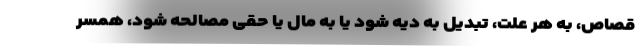
قصاص، به هر علت، تبدیل به دیه شود یا به مال یا حقی مصالحه شود، همسر